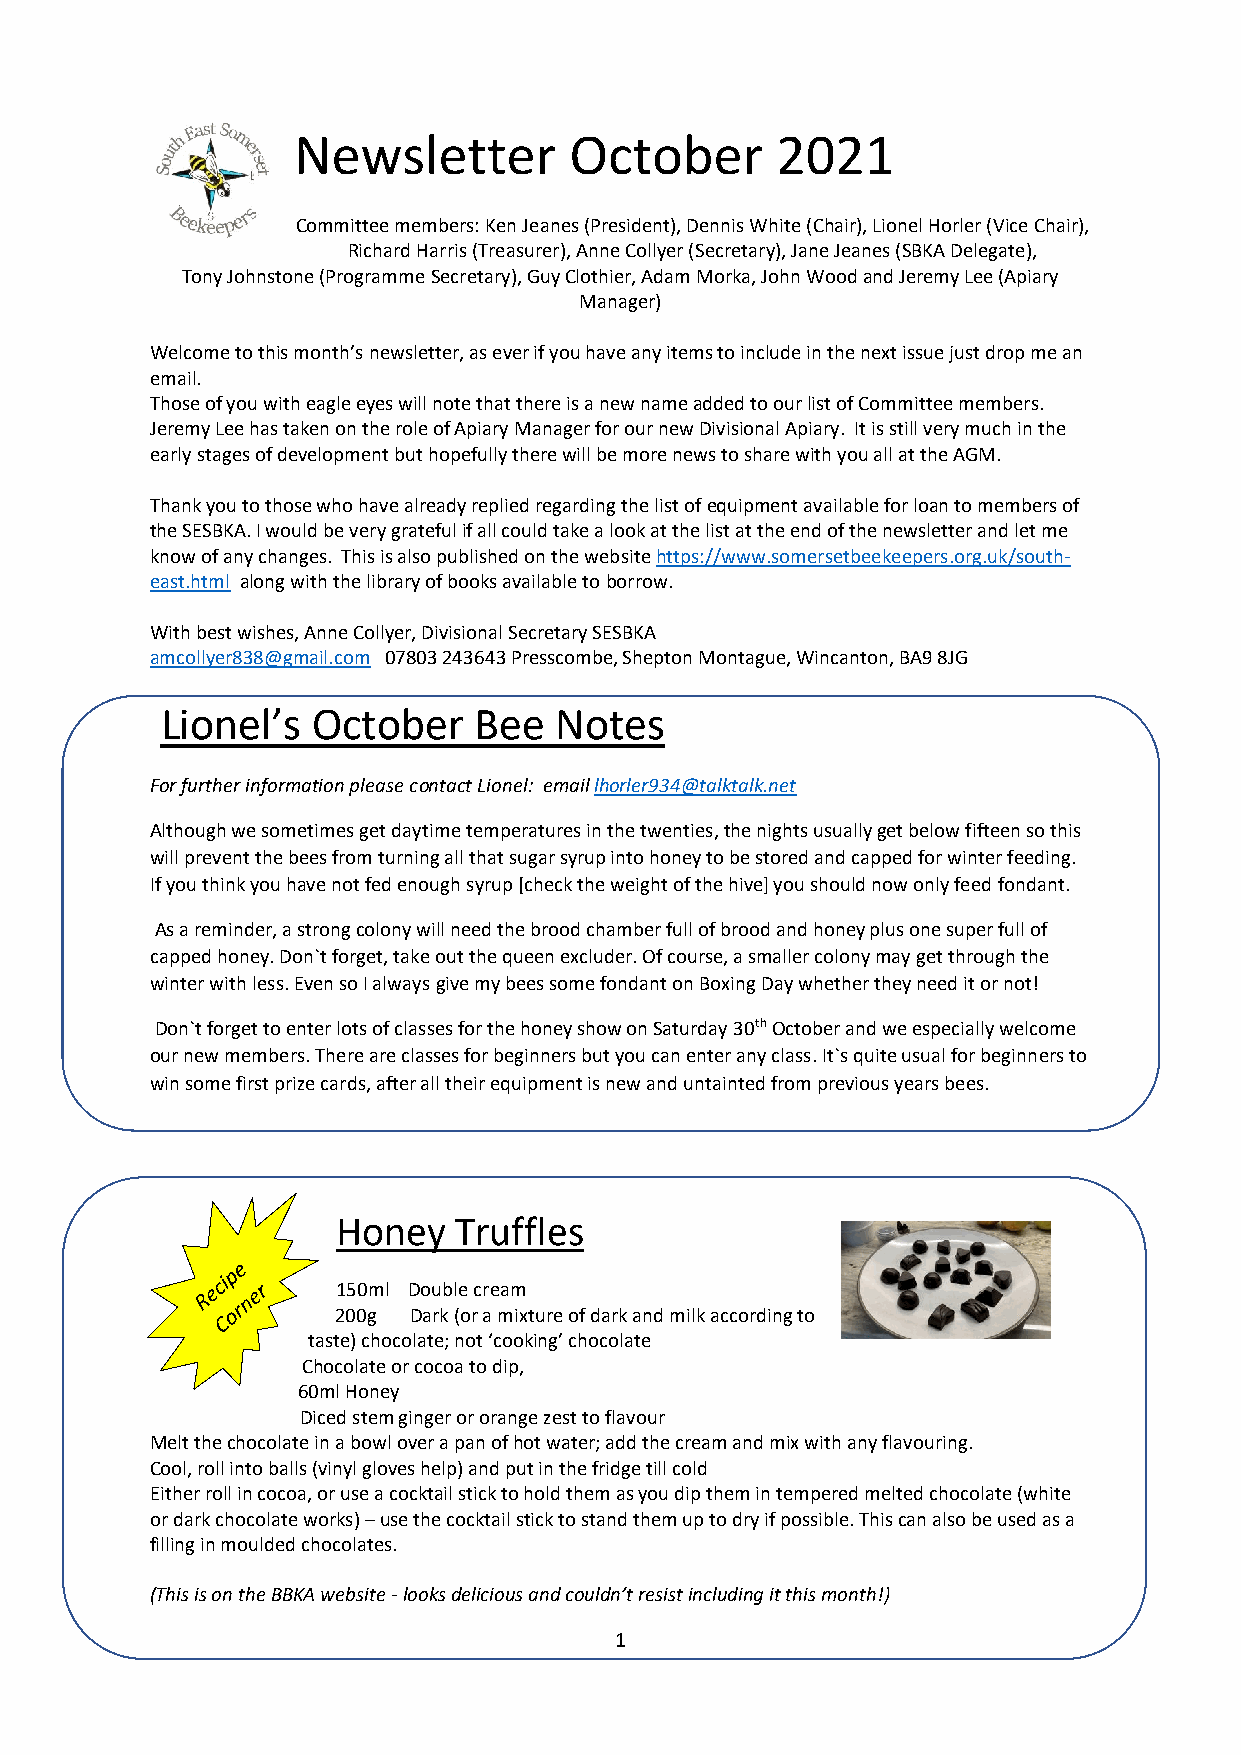
Newsletter         October      2021
 Committee members: Ken Jeanes (President), Dennis White (Chair), Lionel Horler (Vice Chair),
 Richard Harris (Treasurer), Anne Collyer (Secretary), Jane Jeanes (SBKA Delegate),
 Tony Johnstone (Programme Secretary), Guy Clothier, Adam Morka, John Wood and Jeremy Lee (Apiary
 Manager)
 Welcome to this month’s newsletter, as ever if you have any items to include in the next issue just drop me an
 email.
 Those of you with eagle eyes will note that there is a new name added to our list of Committee members.
 Jeremy Lee has taken on the role of Apiary Manager for our new Divisional Apiary. It is still very much in the
 early stages of development but hopefully there will be more news to share with you all at the AGM.
 Thank you to those who have already replied regarding the list of equipment available for loan to members of
 the SESBKA. I would be very grateful if all could take a look at the list at the end of the newsletter and let me
 know of any changes. This is also published on the website https://www.somersetbeekeepers.org.uk/south-
 east.html along with the library of books available to borrow.
 With best wishes, Anne Collyer, Divisional Secretary SESBKA
 amcollyer838@gmail.com 07803 243643 Presscombe, Shepton Montague, Wincanton, BA9 8JG
 Lionel’s  October   Bee   Notes
 For further information please contact Lionel: email lhorler934@talktalk.net
 Although we sometimes get daytime temperatures in the twenties, the nights usually get below fifteen so this
 will prevent the bees from turning all that sugar syrup into honey to be stored and capped for winter feeding.
 If you think you have not fed enough syrup [check the weight of the hive] you should now only feed fondant.
 As a reminder, a strong colony will need the brood chamber full of brood and honey plus one super full of
 capped honey. Don`t forget, take out the queen excluder. Of course, a smaller colony may get through the
 winter with less. Even so I always give my bees some fondant on Boxing Day whether they need it or not!
 Don`t forget to enter lots of classes for the honey show on Saturday 30th October and we especially welcome
 our new members. There are classes for beginners but you can enter any class. It`s quite usual for beginners to
 win some first prize cards, after all their equipment is new and untainted from previous years bees.
 Honey   Truffles
 150ml Double cream
 200g Dark (or a mixture of dark and milk according to
 taste) chocolate; not ‘cooking’ chocolate
 Chocolate or cocoa to dip,
 60ml Honey
 Diced stem ginger or orange zest to flavour
 Melt the chocolate in a bowl over a pan of hot water; add the cream and mix with any flavouring.
 Cool, roll into balls (vinyl gloves help) and put in the fridge till cold
 Either roll in cocoa, or use a cocktail stick to hold them as you dip them in tempered melted chocolate (white
 or dark chocolate works) – use the cocktail stick to stand them up to dry if possible. This can also be used as a
 filling in moulded chocolates.
 (This is on the BBKA website - looks delicious and couldn’t resist including it this month!)
 1